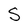
Character: S